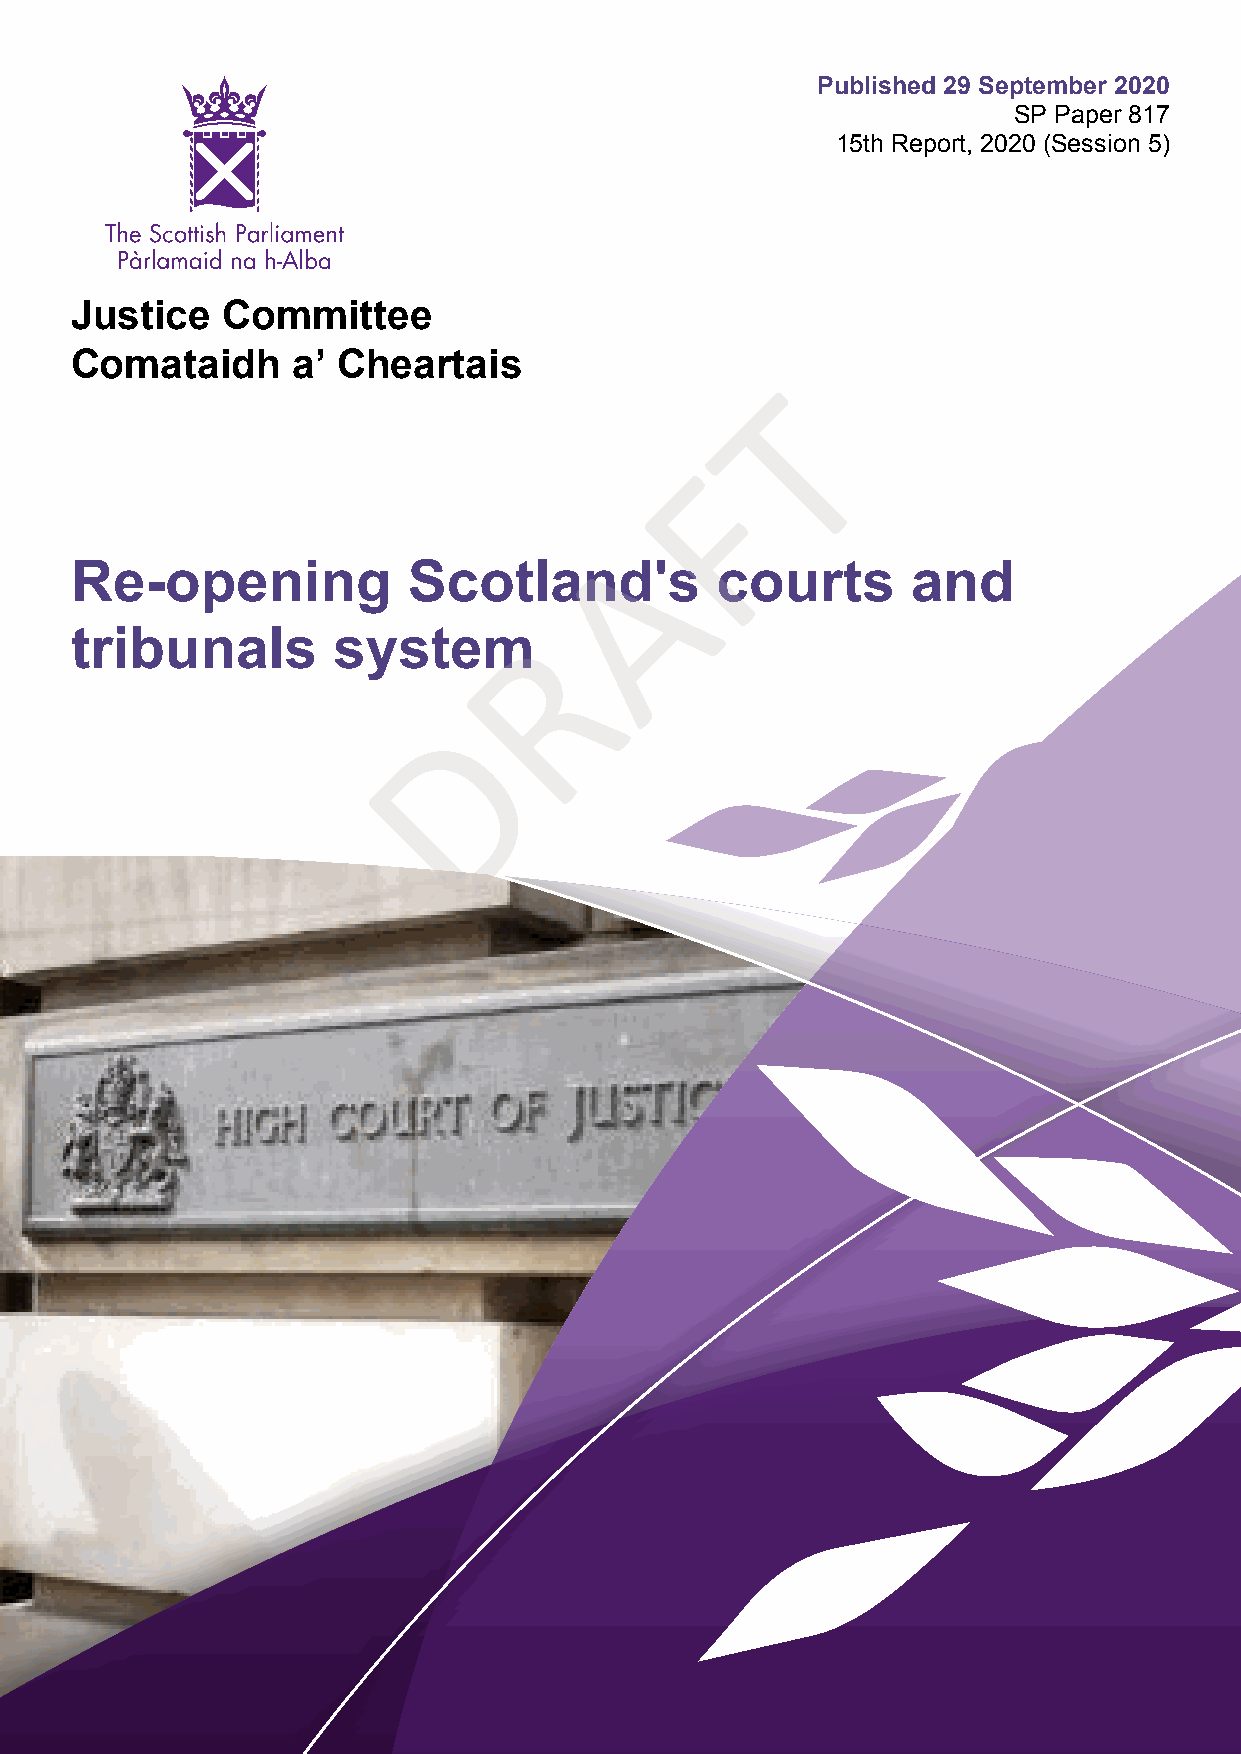
Published 29 September 2020
 SP Paper 817
 15th Report, 2020 (Session 5)
 Justice   Committee
 Comataidh     a’ Cheartais
 T
 F
 A
 Re-opening            Scotland's          courts       and
 R
 tribunals        system
 D